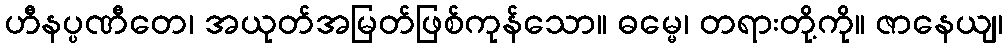
ဟီနပ္ပဏီတေ၊ အယုတ်အမြတ်ဖြစ်ကုန်သော။ ဓမ္မေ၊ တရားတို့ကို။ ဇာနေယျ၊